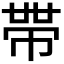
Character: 𭘧